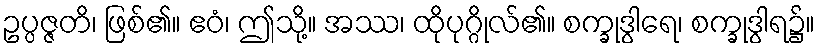
ဥပ္ပဇ္ဇတိ၊ ဖြစ်၏။ ဧဝံ၊ ဤသို့။ အဿ၊ ထိုပုဂ္ဂိုလ်၏။ စက္ခုဒွါရေ၊ စက္ခုဒွါရ၌။